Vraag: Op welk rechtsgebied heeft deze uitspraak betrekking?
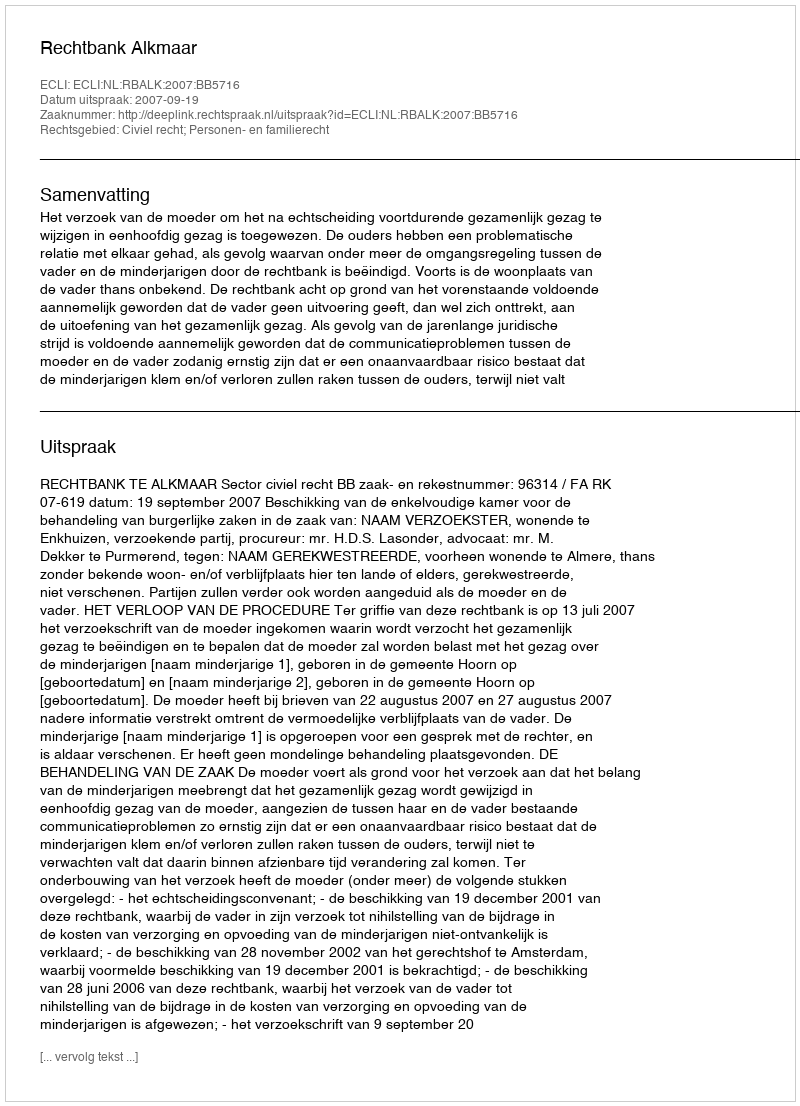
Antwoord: Civiel recht; Personen- en familierecht